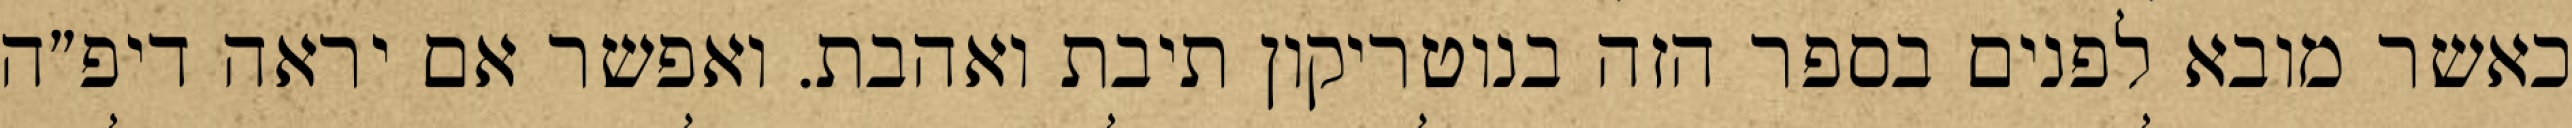
כאשר מובא לפנים בספר הזה בנוטריקון תיבת ואהבת. ואפשר אם יראה דיפ״ה